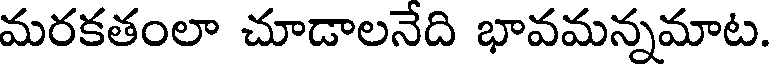
మరకతంలా చూడాలనేది భావమన్నమాట.